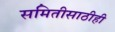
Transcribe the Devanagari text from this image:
समितीसाठीही